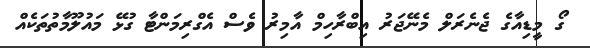
ގޯ މީޑިއާގެ ޖެނެރަލް މެނޭޖަރު އިބްރާހިމް އާމިރު ވެސް އެގްރިމަންޓާ ގުޅޭ މައުލޫމާތުތަކެއް